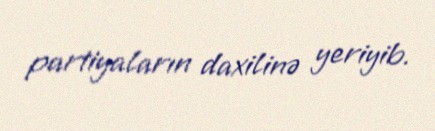
partiyaların daxilinə yeriyib.